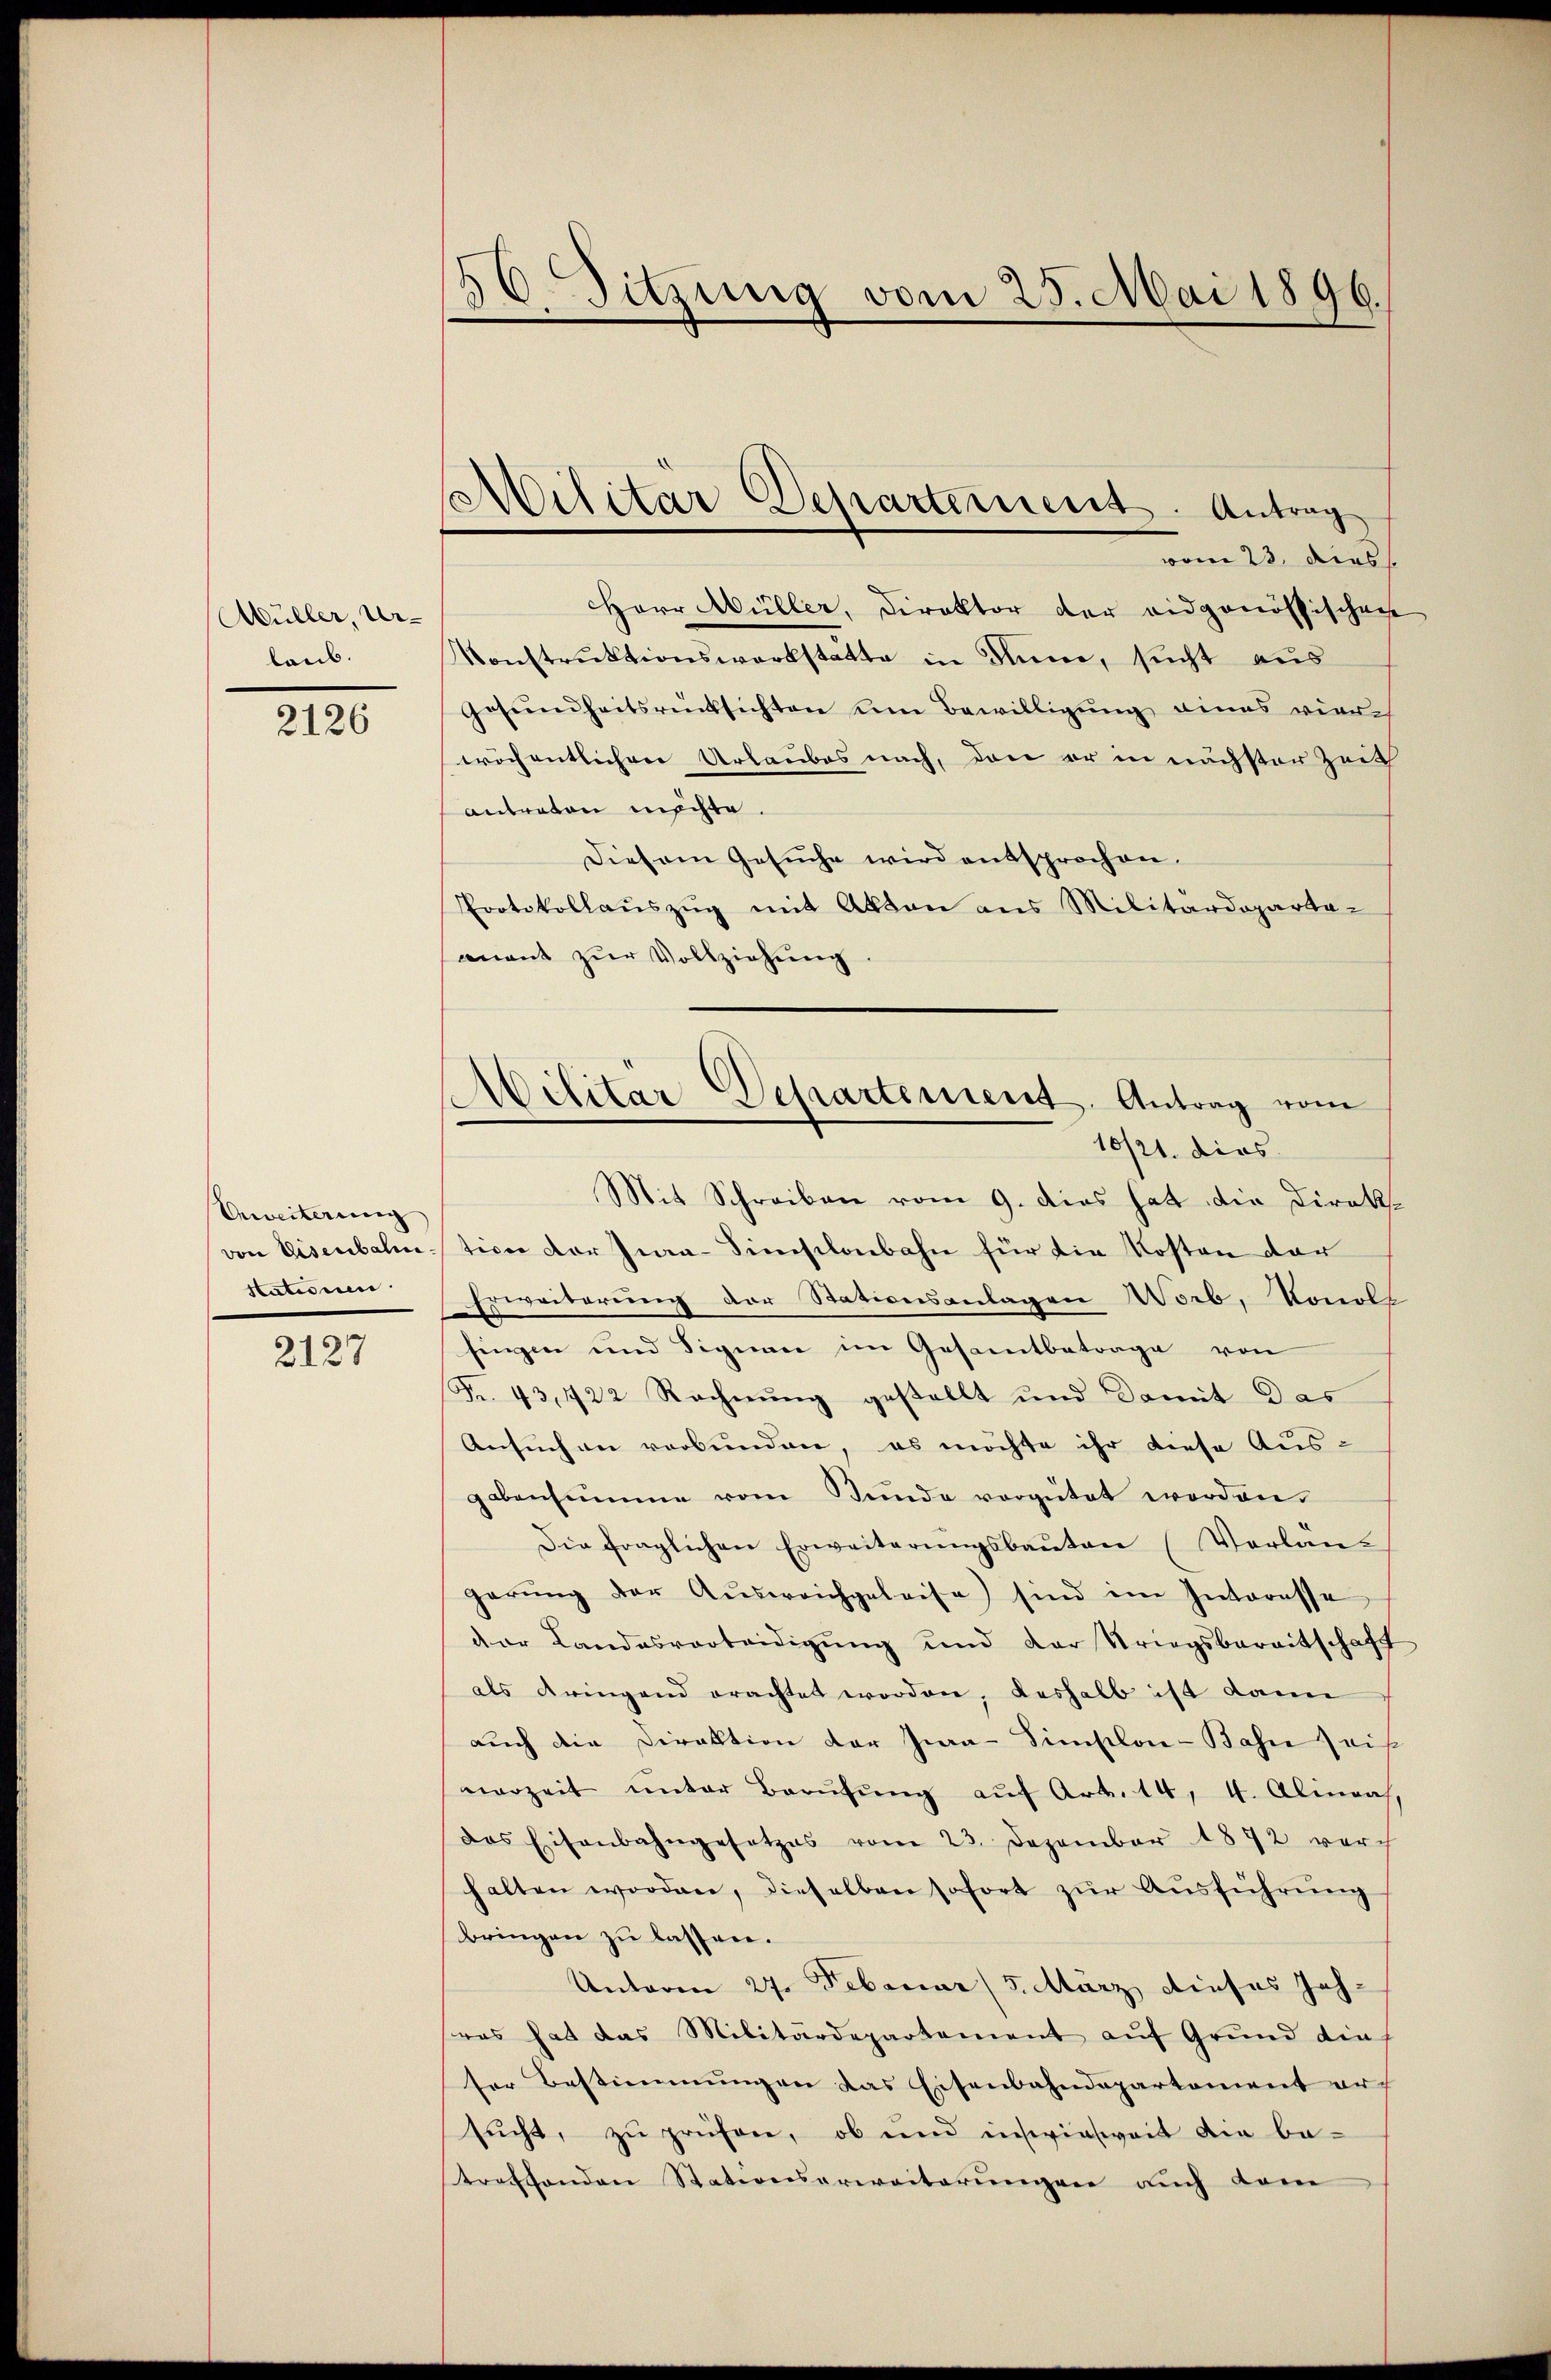
Müller, Urlaub.

2126

Anweiterung
stationen.

2127

vom 23. dies
Herr Müller, Direktor der eidgenössischen
Konstruktionswerkstatte in Sinne, sucht aus
Gesŭndheitsrücksichten um Bewilligŭng eines vier-
wöchentlichen Urlaubes nach, den er in nächster Zeit
antreten unschte.
Diesem Gesuche wird entsprochen.
Protokollauszug mit Akten aus Militärdeparta-
anant zŭr Vollziehung
Mit Schreiben vom 9. dies hat die Direkvon Eisenbalmtion der Jura-Simistlonbahn für die Kosten der
Erweiterung der Stationsanlagen Worb, Vonols
singen und Signen im Gesamtbetrage von
Fr. 43,422 Rechnung gestellt und damit das
Ansuchen verbunden, es möchte ihr diese Aus-
gabensumme vom Bŭnde vergütet worden.
Die fraglichen Erweiterungsbauten (Verlan-
garŭng der Aŭsweichgeleise sind im Interesse
der Landesverteidigung und der Kriegsbereitschaft
als dringend erachtet worden, deshalb ist dann
auch die Direktion der Jwa-Simplon-Bahn heiß
verzeit ŭnter Berŭfŭng aŭf Art. 14, 4. Alinas,
das Eisenbahngesetzes vom 23. Dezember 1892 durch
halten worden, dieselben sofort zŭr Aŭsführŭng
bringen zu lassen.
Unteren 27. Februar (5. März dieses Jah-
was hat das Militärdepartement auf Grund dies
ser Bestimmungen das Eisenbahndepartement ersucht, zu prüfen, ob und inwieweit die be-
treffenden Stationsarweiterungen auch dem

B
30. Sitzung vom 25. Mai 1896.

Militär Departement. Antrag

Militär Departement. Antrag vom
10/21. dies